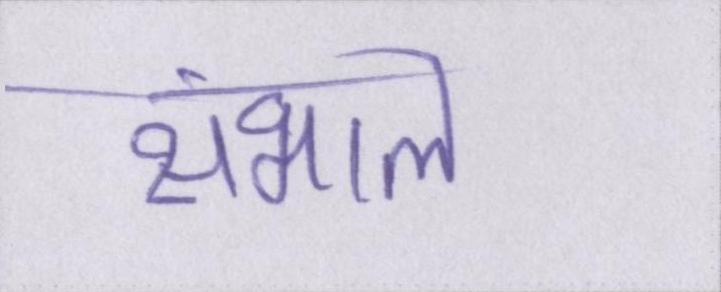
संभाले